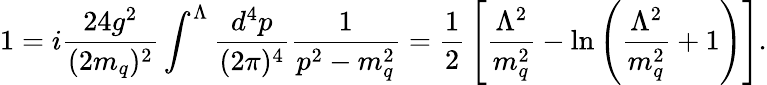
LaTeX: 1=i{\frac{24g^{2}}{(2m_{q})^{2}}}\int^{\Lambda}{\frac{d^{4}p}{(2\pi)^{4}}}{\frac{1}{p^{2}-m_{q}^{2}}}={\frac{1}{2}}\left[{\frac{\Lambda^{2}}{m_{q}^{2}}}-\ln\left({\frac{\Lambda^{2}}{m_{q}^{2}}}+1\right)\right].